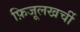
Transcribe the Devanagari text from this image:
फ़िजूलखर्ची